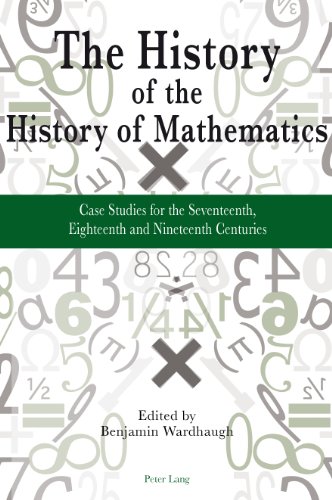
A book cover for The History of the History of Mathematics: Case Studies for the Seventeenth, Eighteenth and Nineteenth Centuries; Science & Math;